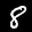
Label: 8